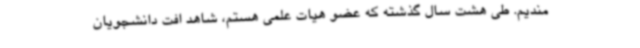
مندیم. طی هشت سال گذشته که عضو هیات علمی هستم، شاهد افت دانشجویان